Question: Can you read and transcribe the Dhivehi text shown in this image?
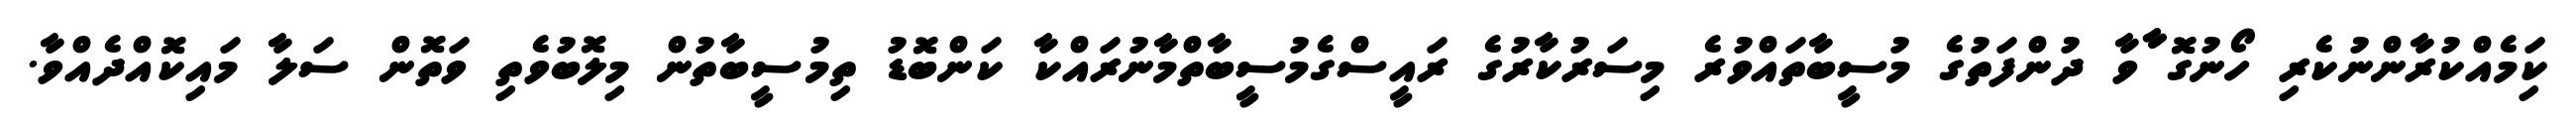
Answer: ކިަމެއްކުރާންނުކެރި ހޯނުގޮ ާާވާ ދުންފަތުގެ މުސީބާތައްވުރެ މިސަރުކާރުގެ ރައީސްގެމުސީބާތްމާނުރައްކާ ކަންބޮޑު ތިމުސީބާތުން މިލޮބުވެތި ވަތޮން ސަލާ މައިކޮއްދެއްވާ.